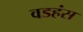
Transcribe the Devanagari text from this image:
वडहंस